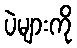
ပဲများကို